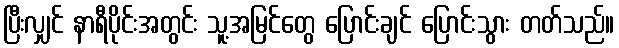
ပြီးလျှင် နာရီပိုင်းအတွင်း သူ့အမြင်တွေ ပြောင်းချင် ပြောင်းသွား တတ်သည်။